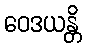
ဝေဒယန္တိ